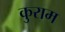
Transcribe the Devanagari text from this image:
कुराम